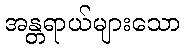
အန္တရာယ်များသော